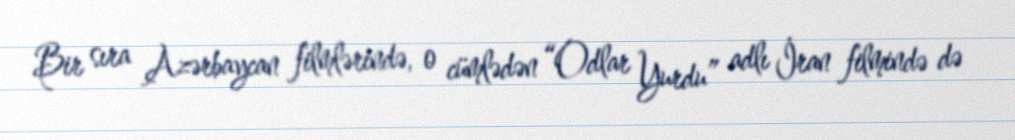
Bir sıra Azərbaycan filmlərində, o cümlədən “Odlar Yurdu” adlı İran filmində də